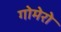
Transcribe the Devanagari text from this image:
गोमेरो